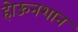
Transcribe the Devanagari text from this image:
होऊनशान